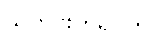
သတင်းတရပ်တွင်